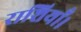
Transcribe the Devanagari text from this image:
राशियाँ।